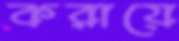
করায়ে